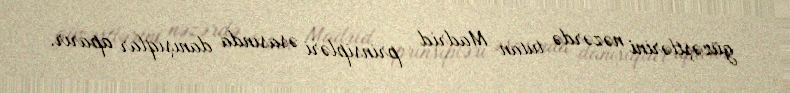
güzəştlərini nəzərdə tutan Madrid prinsipləri əsasında danışıqlar aparır.